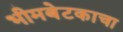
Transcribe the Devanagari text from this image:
भीमबेटकाचा